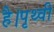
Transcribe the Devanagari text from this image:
है।पृथ्वी